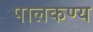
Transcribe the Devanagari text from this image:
पालकण्य